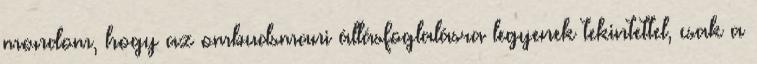
mondom, hogy az ombudsmani állásfoglalásra legyenek tekintettel, csak a